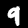
Label: 9